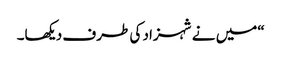
“میں نے شہزاد کی طرف دیکھا۔